Leaving Certificate Examination (including Day School Certificate (Higher) General paper), 1933
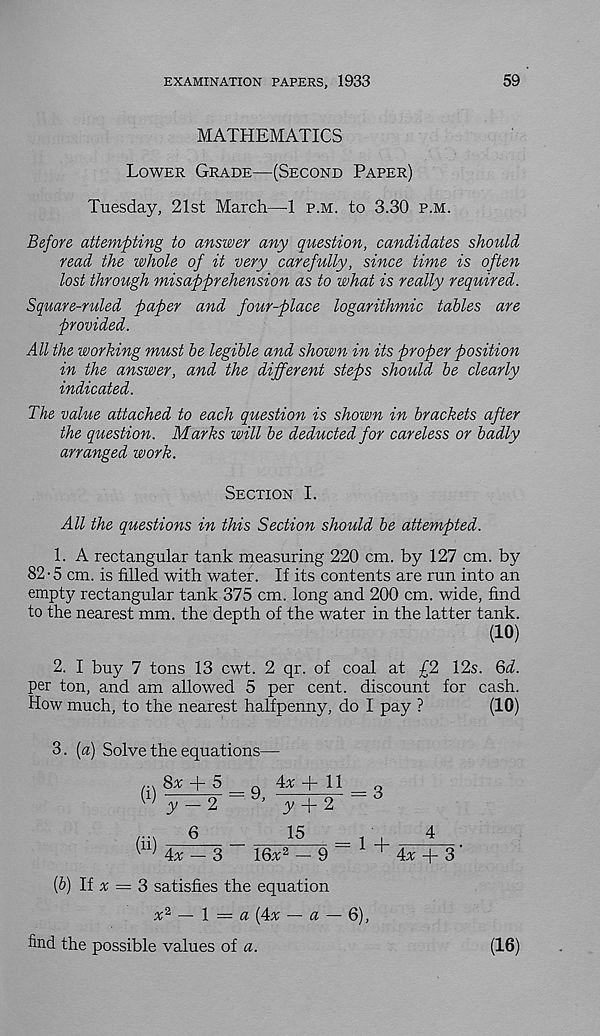
EXAMINATION PAPERS, 1933
59
MATHEMATICS
Lower Grade—(Second Paper)
Tuesday, 21st March—1 p.m. to 3.30 p.m.
Before attempting to answer any question, candidates should
read the whole of it very carefully, since time is often
lost through misapprehension as to what is really required.
Square-ruled paper and four-place logarithmic tables are
provided.
All the working must be legible and shown in its proper position
in the answer, and the different steps should be clearly
indicated.
The value attached to each question is shown in brackets after
the question. Marks will be deducted for careless or badly
arranged work.
Section I.
All the questions in this Section should be attempted.
1. A rectangular tank measuring 220 cm. by 127 cm. by
82-5 cm. is filled with water. If its contents are run into an
empty rectangular tank 375 cm. long and 200 cm. wide, find
to the nearest mm. the depth of the water in the latter tank.
(10)
2. I buy 7 tons 13 cwt. 2 qr. of coal at £2 12s. Qd.
per ton, and am allowed 5 per cent, discount for cash.
How much, to the nearest halfpenny, do I pay ?
(10)
3. (a) Solve the equations—
8*±5
ir±ll = 3
w y — 2
y + 2
6
15
'
4
4x — 3
16v 2 - 9
^ 4a + 3 '
(b) If a = 3 satisfies the equation
a 2 — 1 — a (4a — a — 6),
find the possible values of a.
(16)